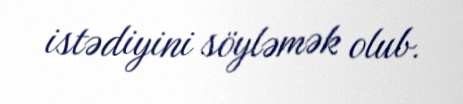
istədiyini söyləmək olub.